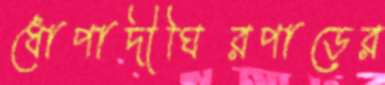
ধোপাদীঘিরপাড়ের